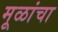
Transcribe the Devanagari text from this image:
मूळांचा